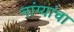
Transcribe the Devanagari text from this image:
नांग्यांचा